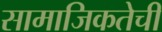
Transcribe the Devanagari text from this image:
सामाजिकतेची